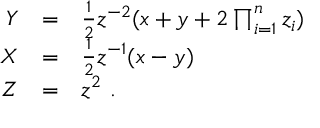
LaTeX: \begin{array} { r c l } { { Y } } & { { = } } & { { \frac { 1 } { 2 } z ^ { - 2 } ( x + y + 2 \prod _ { i = 1 } ^ { n } z _ { i } ) } } \\ { { X } } & { { = } } & { { \frac { 1 } { 2 } z ^ { - 1 } ( x - y ) } } \\ { { Z } } & { { = } } & { { z ^ { 2 } ~ . } } \end{array}